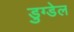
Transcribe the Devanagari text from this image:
डुग्डेल